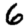
Digit: 6